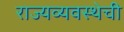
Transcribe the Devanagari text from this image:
राज्यव्यवस्थेची